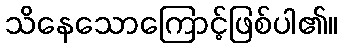
သိနေသောကြောင့်ဖြစ်ပါ၏။